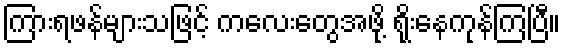
ကြားရဖန်များသဖြင့် ကလေးတွေအဖို့ ရိုးနေကုန်ကြပြီ။